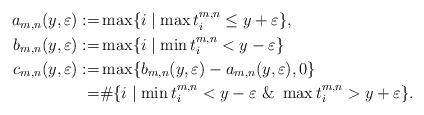
LaTeX: \begin{align*}\begin{aligned}a_{m,n}(y, \varepsilon) :=& \max\{ i \mid \max t_i^{m,n} \leq y+\varepsilon \}, \\b_{m,n}(y, \varepsilon) :=& \max\{ i \mid \min t_i^{m,n} < y-\varepsilon \} \\c_{m,n}(y,\varepsilon) :=& \max\{b_{m,n}(y,\varepsilon) - a_{m,n}(y,\varepsilon), 0\} \\=& \# \{ i \mid \min t_i^{m,n} < y-\varepsilon \ \& \ \max t_i^{m,n} > y+\varepsilon \}. \end{aligned}\end{align*}